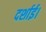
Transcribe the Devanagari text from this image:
दर्शाई।